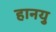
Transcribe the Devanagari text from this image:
हानयु